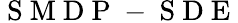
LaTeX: \mathrm{~S~M~D~P~-~S~D~E~}